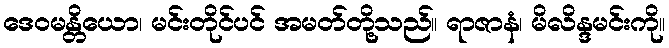
ဒေဝမန္တိယော၊ မင်းတိုင်ပင် အမတ်တို့သည်။ ရာဇာနံ၊ မိလိန္ဒမင်းကို။